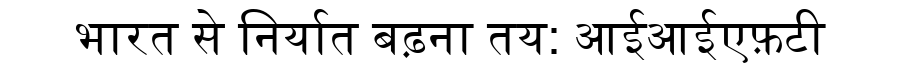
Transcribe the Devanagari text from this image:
भारत से निर्यात बढ़ना तय: आईआईएफ़टी